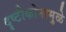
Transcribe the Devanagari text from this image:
दृष्टीकोनामुळे